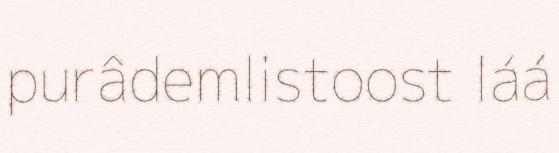
purâdemlistoost láá